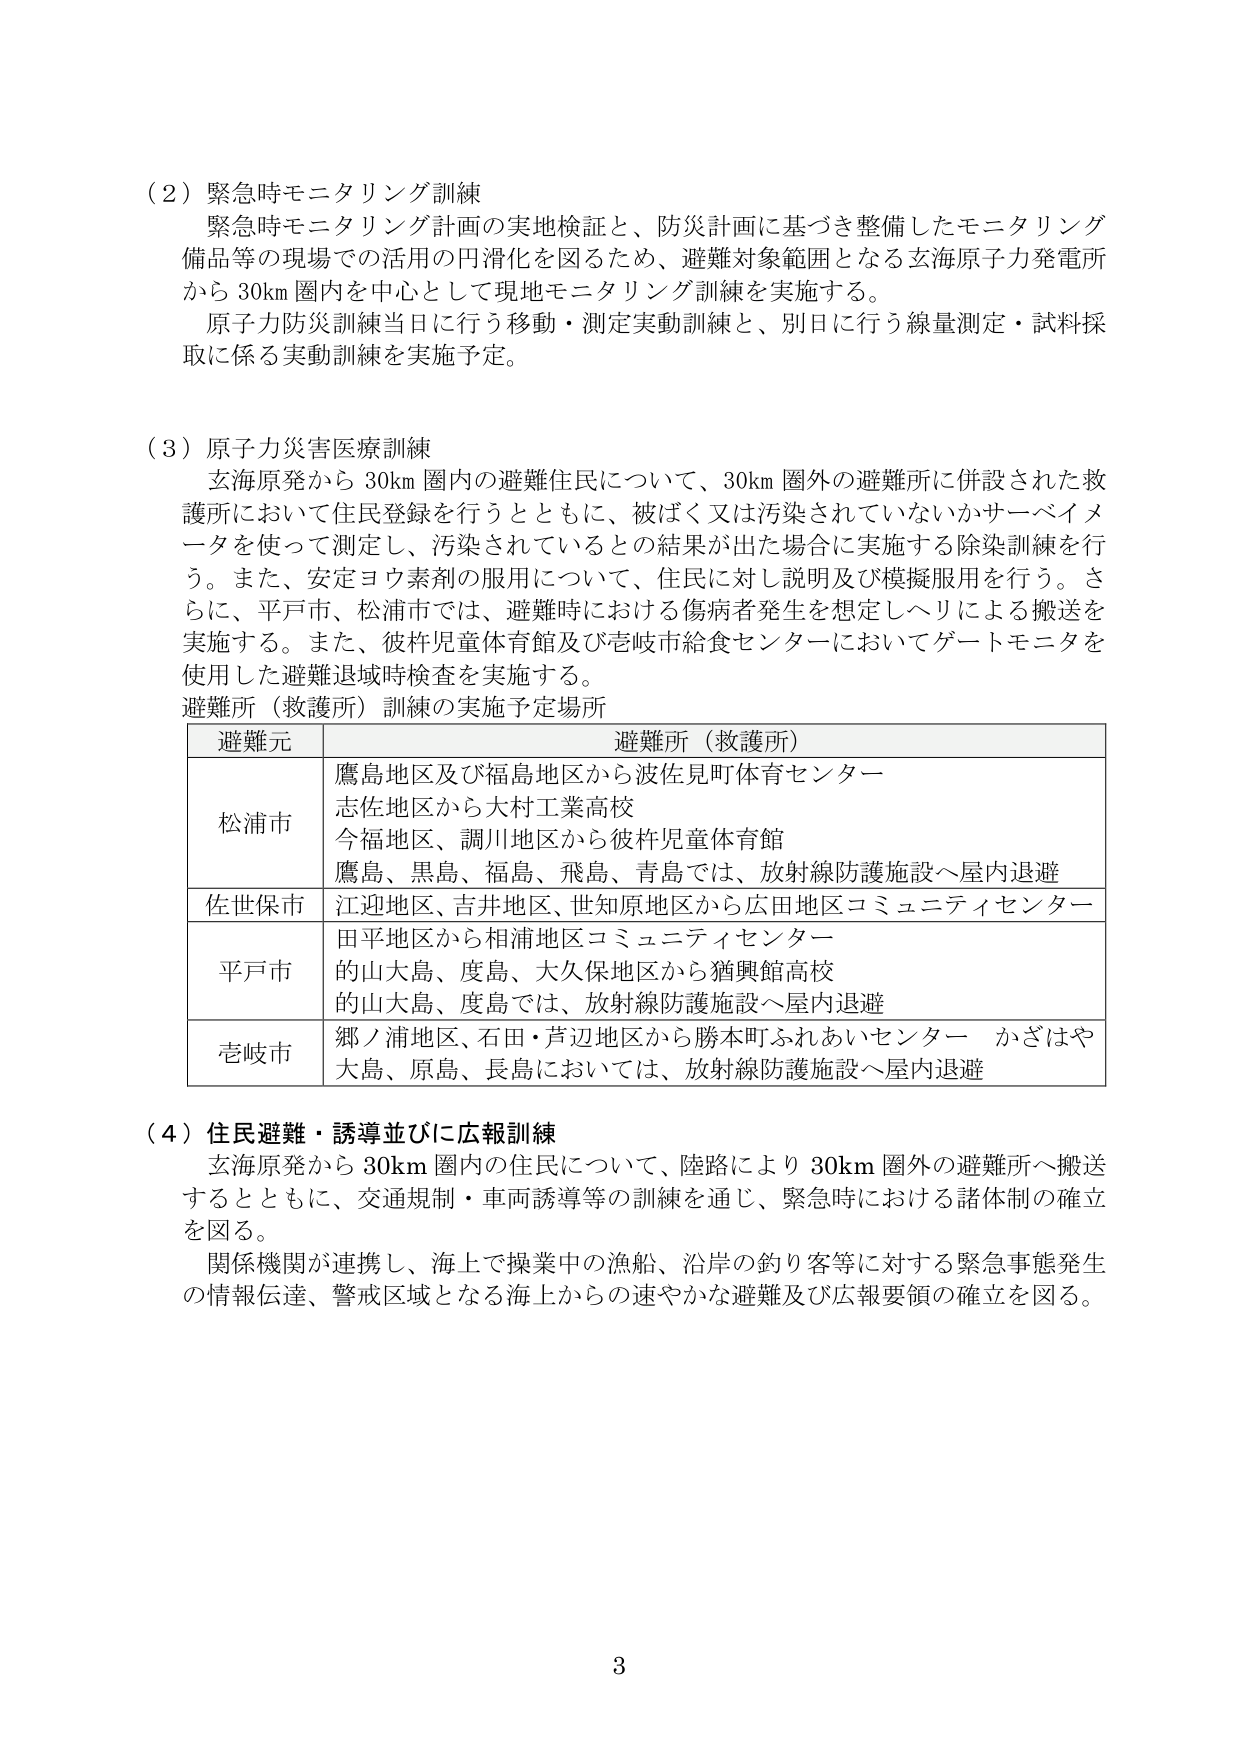
（2）緊急時モニタリング訓練
緊急時モニタリング計画の実地検証と、防災計画に基づき整備したモニタリング備品等の現場での活用の円滑化を図るため、避難対象範囲となる玄海原子力発電所から30km圏内を中心として現地モニタリング訓練を実施する。
原子力防災訓練当日に行う移動・測定実動訓練と、別日に行う線量測定・試料採取に係る実動訓練を実施予定。

（3）原子力災害医療訓練
玄海原発から30km圏内の避難住民について、30km圏外の避難所に併設された救護所において住民登録を行うとともに、被ばく又は汚染されていないかサーベイメータを使って測定し、汚染されているとの結果が出た場合に実施する除染訓練を行う。また、安定ヨウ素剤の服用について、住民に対し説明及び模擬服用を行う。さらに、平戸市、松浦市では、避難時における傷病者発生を想定しヘリによる搬送を実施する。また、彼杵児童体育館及び壱岐市給食センターにおいてゲートモニタを使用した避難退域時検査を実施する。
避難所（救護所）訓練の実施予定場所
| 避難元 | 避難所（救護所） |
|---|---|
| 松浦市 | 鷹島地区及び福島地区から波佐見町体育センター<br>志佐地区から大村工業高校<br>今福地区、調川地区から彼杵児童体育館<br>鷹島、黒島、福島、飛島、青島では、放射線防護施設へ屋内退避 |
| 佐世保市 | 江迎地区、吉井地区、世知原地区から広田地区コミュニティセンター |
| 平戸市 | 田平地区から相浦地区コミュニティセンター<br>的山大島、度島、大久保地区から猶興館高校<br>的山大島、度島では、放射線防護施設へ屋内退避 |
| 壱岐市 | 郷ノ浦地区、石田・芦辺地区から勝本町ふれあいセンター かざはや<br>大島、原島、長島においては、放射線防護施設へ屋内退避 |

（4）住民避難・誘導並びに広報訓練
玄海原発から30km圏内の住民について、陸路により30km圏外の避難所へ搬送するとともに、交通規制・車両誘導等の訓練を通じ、緊急時における諸体制の確立を図る。
関係機関が連携し、海上で操業中の漁船、沿岸の釣り客等に対する緊急事態発生の情報伝達、警戒区域となる海上からの速やかな避難及び広報要領の確立を図る。

3